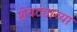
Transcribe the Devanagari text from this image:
शेवट्याच्या